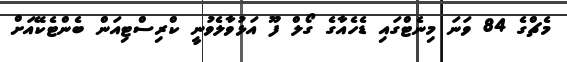
މެޗްގެ 84 ވަނަ މިނެޓްގައި ޑެހެއާގެ ގޯލް ފޫ އަޅުވާލެވުނީ ކްރިސްޓިއަން ބެންޓެކޭއަށް